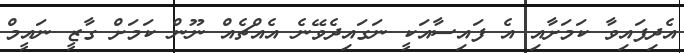
އެދިފައިވާ ކަމަށާއި އެ ފައިސާއަކީ ނަގައިދެވޭނެ އެއްޗެއް ނޫން ކަމަށް ގާޒީ ނައީމް